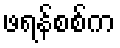
ဖရန်စစ်က